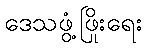
ဒေသဖွံ့ဖြိုးရေး